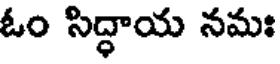
ఓం సిద్ధాయ నమః